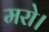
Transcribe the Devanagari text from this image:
मरो।